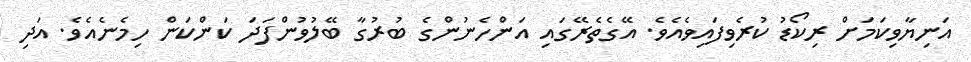
އަނިޔާވިކަމަށް ރިކޯޑު ކުރެވިފައިވެއެވެ. އޭގެތެރޭގައި އަންހެނުންގެ ބުރުގާ ބޭލުވުންފަދަ ކަންކަން ހިމެނެއެވެ. އަދި